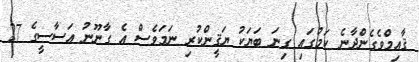
ޤާއިމްވެގެންދާނެ ކަމުގައި ގިނަ ބަޔަކު ޔަޤީންކުރި ނަމަވެސް އެ ގާނޫނު އަސާސީގެ 27